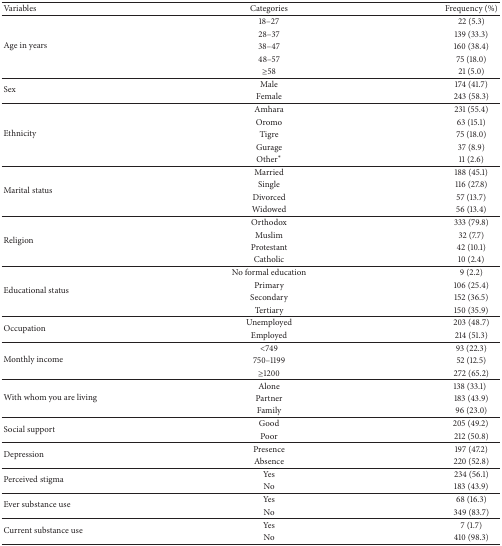
<table><thead><tr><td><b>Variables</b></td><td><b>Categories</b></td><td><b>Frequency (%)</b></td></tr></thead><tbody><tr><td rowspan="5">Age in years</td><td>18–27</td><td>22 (5.3)</td></tr><tr><td>28–37</td><td>139 (33.3)</td></tr><tr><td>38–47</td><td>160 (38.4)</td></tr><tr><td>48–57</td><td>75 (18.0)</td></tr><tr><td>≥58</td><td>21 (5.0)</td></tr><tr><td rowspan="2">Sex</td><td>Male</td><td>174 (41.7)</td></tr><tr><td>Female</td><td>243 (58.3)</td></tr><tr><td rowspan="5">Ethnicity</td><td>Amhara</td><td>231 (55.4)</td></tr><tr><td>Oromo</td><td>63 (15.1)</td></tr><tr><td>Tigre</td><td>75 (18.0)</td></tr><tr><td>Gurage</td><td>37 (8.9)</td></tr><tr><td>Other<sup><i>∗</i></sup></td><td>11 (2.6)</td></tr><tr><td rowspan="4">Marital status</td><td>Married</td><td>188 (45.1)</td></tr><tr><td>Single</td><td>116 (27.8)</td></tr><tr><td>Divorced</td><td>57 (13.7)</td></tr><tr><td>Widowed</td><td>56 (13.4)</td></tr><tr><td rowspan="4">Religion</td><td>Orthodox</td><td>333 (79.8)</td></tr><tr><td>Muslim</td><td>32 (7.7)</td></tr><tr><td>Protestant</td><td>42 (10.1)</td></tr><tr><td>Catholic</td><td>10 (2.4)</td></tr><tr><td rowspan="4">Educational status</td><td>No formal education</td><td>9 (2.2)</td></tr><tr><td>Primary</td><td>106 (25.4)</td></tr><tr><td>Secondary</td><td>152 (36.5)</td></tr><tr><td>Tertiary</td><td>150 (35.9)</td></tr><tr><td rowspan="2">Occupation</td><td>Unemployed</td><td>203 (48.7)</td></tr><tr><td>Employed</td><td>214 (51.3)</td></tr><tr><td rowspan="3">Monthly income</td><td>&lt;749</td><td>93 (22.3)</td></tr><tr><td>750–1199</td><td>52 (12.5)</td></tr><tr><td>≥1200</td><td>272 (65.2)</td></tr><tr><td rowspan="3">With whom you are living</td><td>Alone</td><td>138 (33.1)</td></tr><tr><td>Partner</td><td>183 (43.9)</td></tr><tr><td>Family</td><td>96 (23.0)</td></tr><tr><td rowspan="2">Social support</td><td>Good</td><td>205 (49.2) </td></tr><tr><td>Poor</td><td>212 (50.8)</td></tr><tr><td rowspan="2">Depression</td><td>Presence</td><td>197 (47.2)</td></tr><tr><td>Absence</td><td>220 (52.8)</td></tr><tr><td rowspan="2">Perceived stigma</td><td>Yes</td><td>234 (56.1)</td></tr><tr><td>No</td><td>183 (43.9)</td></tr><tr><td rowspan="2">Ever substance use</td><td>Yes</td><td>68 (16.3)</td></tr><tr><td>No</td><td>349 (83.7)</td></tr><tr><td rowspan="2">Current substance use</td><td>Yes</td><td>7 (1.7)</td></tr><tr><td>No</td><td>410 (98.3)</td></tr></tbody></table>